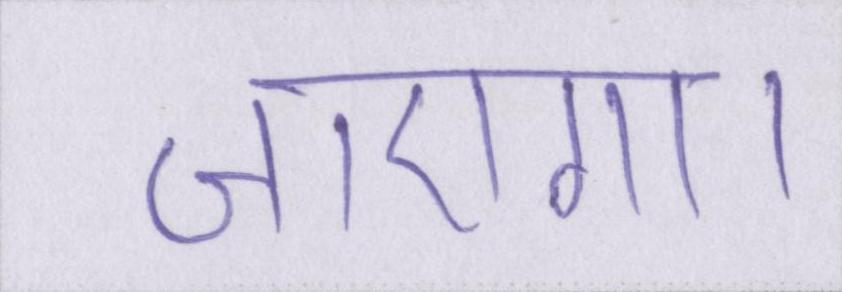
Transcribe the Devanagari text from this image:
जाएगा।